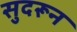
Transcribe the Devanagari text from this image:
सुदरून